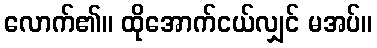
လောက်၏။ ထိုအောက်ငယ်လျှင် မအပ်။